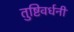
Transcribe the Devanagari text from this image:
तुष्टिवर्धनी